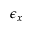
\epsilon { _ x }